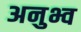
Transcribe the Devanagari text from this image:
अनुभ्व